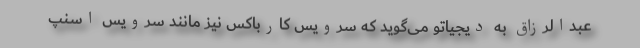
عبدالرزاق به دیجیاتو می‌گوید که سرویس کارباکس نیز مانند سرویس اسنپ